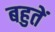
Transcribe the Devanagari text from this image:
बहुतें